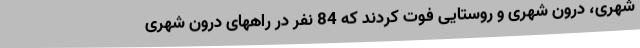
شهری، درون شهری و روستایی فوت کردند که 84 نفر در راههای درون شهری